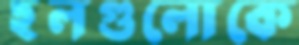
হলগুলোকে